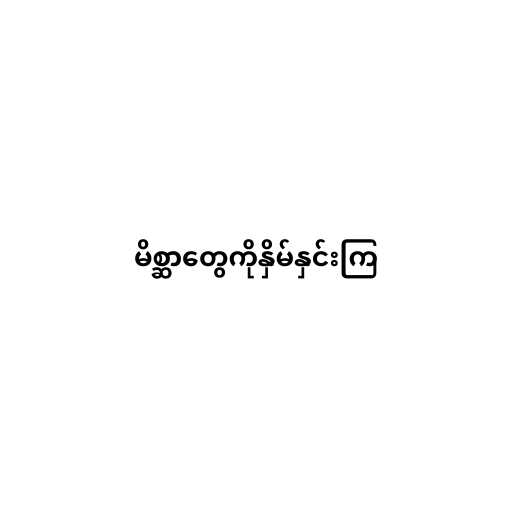
မိစ္ဆာတွေကိုနှိမ်နှင်းကြ